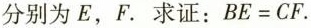
分别为E，F。求证：$$B E = C F$$。